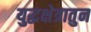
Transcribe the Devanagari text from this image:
युद्धक्षेत्रातुन